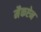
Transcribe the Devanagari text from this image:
मैकऐन